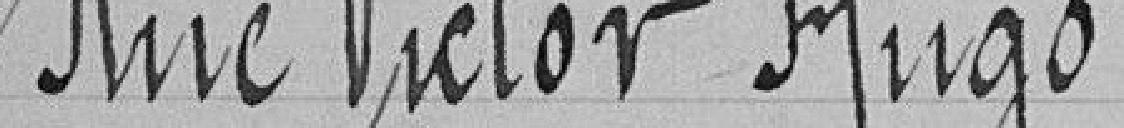
Rue Victor Hugo